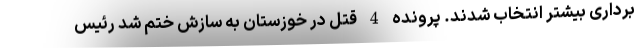
برداری بیشتر انتخاب شدند. پرونده 4 قتل در خوزستان به سازش ختم شد رئیس